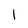
Character: I